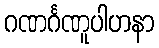
ဂဏင်္ဂဏူပါဟနာ